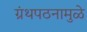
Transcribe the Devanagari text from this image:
ग्रंथपठनामुळे